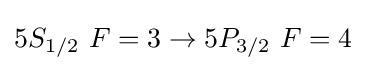
5S_{1/2}\ F=3\to 5P_{3/2}\ F=4